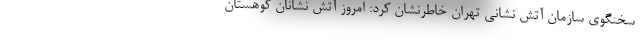
سخنگوی سازمان آتش نشانی تهران خاطرنشان کرد: امروز آتش نشانان کوهستان